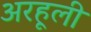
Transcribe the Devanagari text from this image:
अरहूली